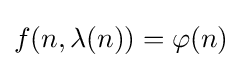
f(n,\lambda (n))=\varphi (n)